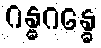
ဂန္ဓဂန္ဓေ